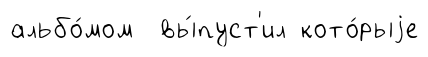
альбо́мом вы́пуст'ил кото́рыjе